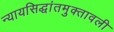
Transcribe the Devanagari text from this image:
न्यायसिद्धांतमुक्तावली